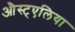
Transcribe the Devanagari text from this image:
औस्ट्एलिया